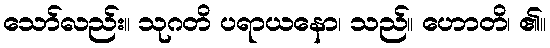
သော်လည်း။ သုဂတိ ပရာယနော၊ သည်။ ဟောတိ၊ ၏။